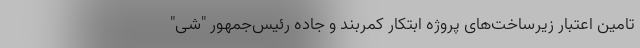
تامین اعتبار زیرساخت‌های پروژه ابتکار کمربند و جاده رئیس‌جمهور "شی"